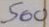
500